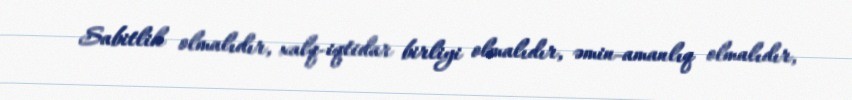
Sabitlik olmalıdır, xalq-iqtidar birliyi olmalıdır, əmin-amanlıq olmalıdır,